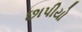
છાપીયો